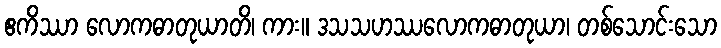
ဧကိဿာ လောကဓာတုယာတိ၊ ကား။ ဒသသဟဿလောကဓာတုယာ၊ တစ်သောင်းသော